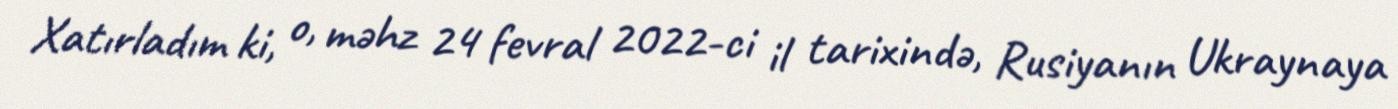
Xatırladım ki, o, məhz 24 fevral 2022-ci il tarixində, Rusiyanın Ukraynaya